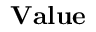
\mathbf { V a l u e }